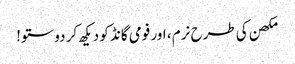
مکھن کی طرح نرم ، اور فومی گانڈ کو دیکھ کر دوستو!